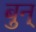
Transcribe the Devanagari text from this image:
बुन्‌